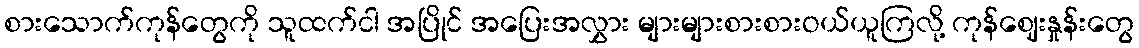
စားသောက်ကုန်တွေကို သူထက်ငါ အပြိုင် အပြေးအလွှား များများစားစားဝယ်ယူကြလို့ ကုန်ဈေးနှုန်းတွေ